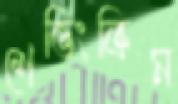
শেভিংক্রিম